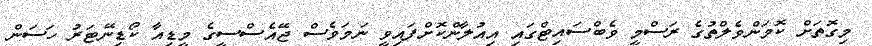
މިގޮތަށް ކޮމަންވެލްތުގެ ރަސްމީ ވެބްސައިޓްގައި އިއުލާންކޮށްފައިވީ ނަމަވެސް ޖޭއެސްސީގެ މީޑިއާ ކޯޑިނޭޓަރު ހަސަން